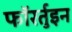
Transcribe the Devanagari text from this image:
फॉरर्तुइन